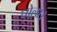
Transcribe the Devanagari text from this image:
घोला।